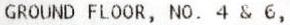
GROUND FLOOR, NO. 4 & 6,